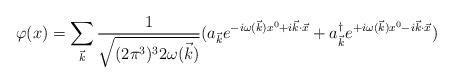
LaTeX: \begin{align*}\varphi(x)=\sum_{{\vec k} }{1\over \sqrt{(2\pi^3)^3 2\omega({\vec k} )}}( a_{{\vec k} } e^{-i\omega({\vec k} ) x^0 + i{\vec k}\cdot{\vec x} }+a^{\dag} _{{\vec k} } e^{+i\omega({\vec k} ) x^0 - i{\vec k}\cdot{\vec x} })\end{align*}